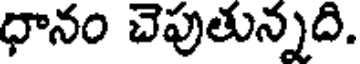
ధానం చెపుతున్నది.